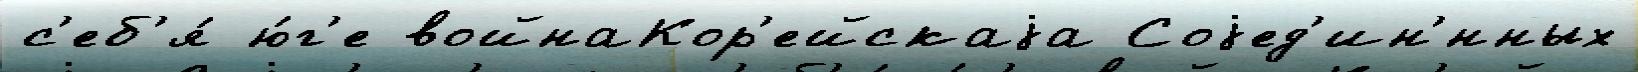
с'еб'я́ ю́г'е войнаКор'ейскаjа Соjед'ин'́нных